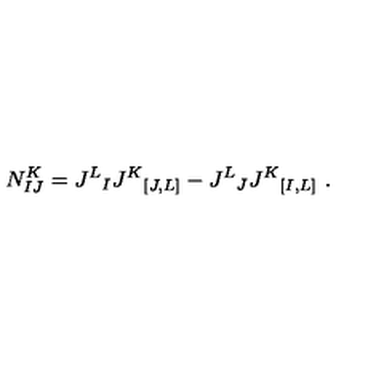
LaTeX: N _ { I J } ^ { K } = J ^ { L } { } _ { I } J ^ { K } { } _ { [ J , L ] } - J ^ { L } { } _ { J } J ^ { K } { } _ { [ I , L ] } \ .